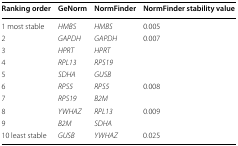
| Ranking order | GeNorm | NormFinder | NormFinder stability value |
 | --- | --- | --- | --- |
 | 1 most stable | HMBS | HMBS | 0.005 |
 | 2 | GAPDH | GAPDH | <ROWSPAN=4> 0.007 |
 | 3 | HPRT | HPRT |
 | 4 | RPL13 | RPS19 |
 | 5 | SDHA | GUSB |
 | 6 | RPS5 | RPS5 | <ROWSPAN=2> 0.008 |
 | 7 | RPS19 | B2M |
 | 8 | YWHAZ | RPL13 | <ROWSPAN=2> 0.009 |
 | 9 | B2M | SDHA |
 | 10 least stable | GUSB | YWHAZ | 0.025 |